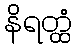
နိရတ္ထံ